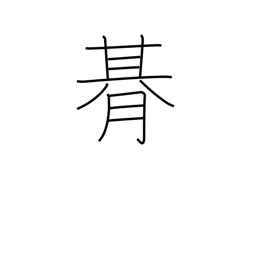
Meaning: one period